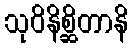
သုဝိနိစ္ဆိတာနိ